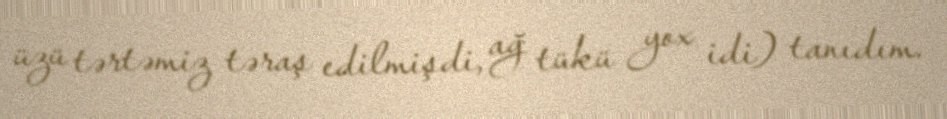
üzü tərtəmiz təraş edilmişdi, ağ tükü yox idi) tanıdım.